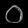
Digit: ၀